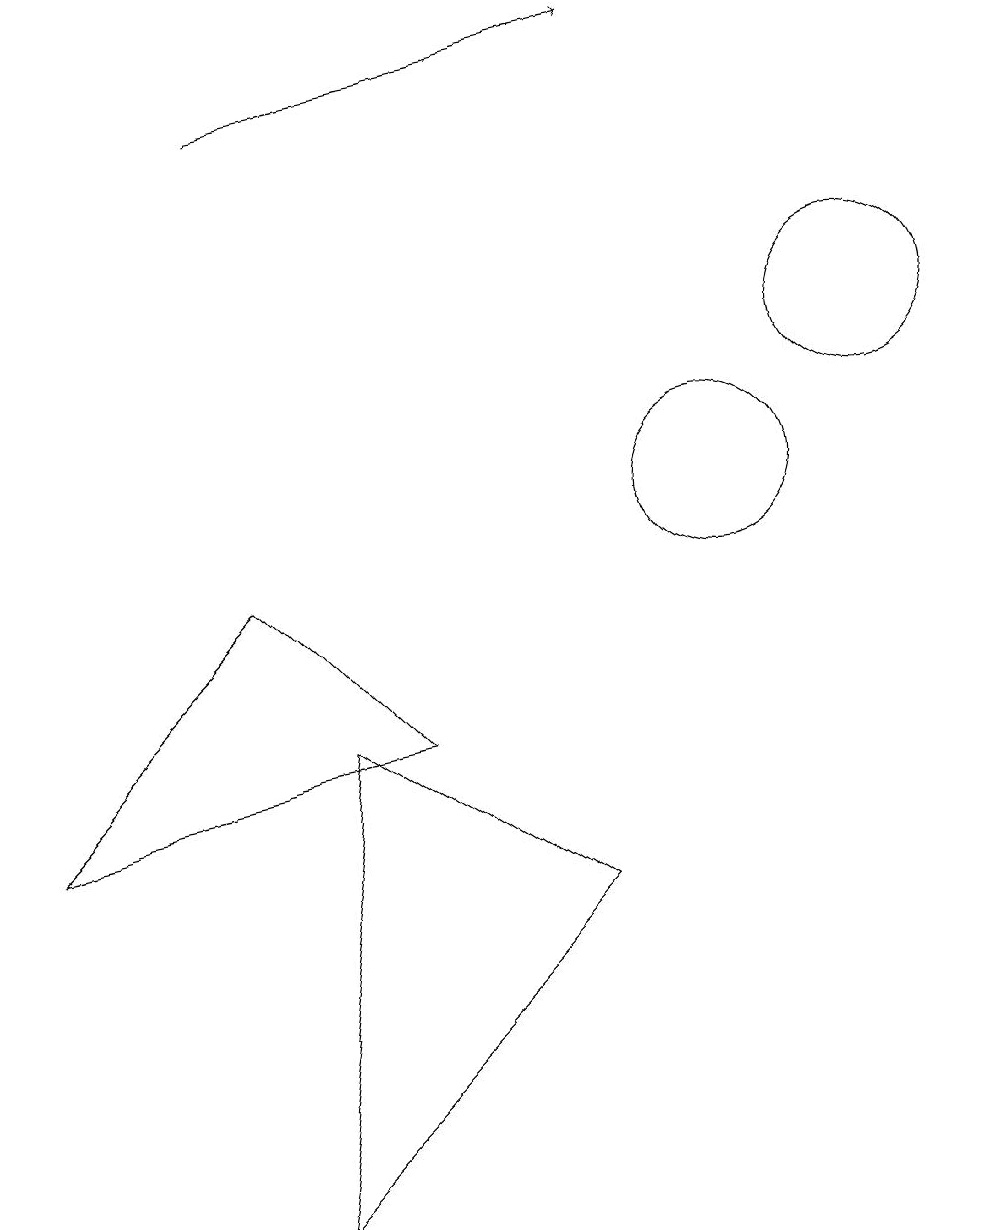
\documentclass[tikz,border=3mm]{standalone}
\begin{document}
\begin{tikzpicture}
\draw (8,5) -- (5,7) -- (4,1) -- cycle;
\draw (10,10) circle (1);
\draw (6,7) -- (4,9) -- (1,6) -- cycle;
\draw (12,12) circle (1);
\draw[->] (4,15) -- (9,16);
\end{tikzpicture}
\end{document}